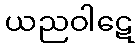
ယညဝါဋေ